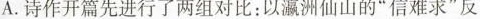
A.诗作开篇先进行了两组对比：以瀛洲仙山的”信难求”反